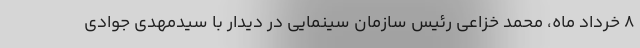
۸ خرداد ماه، محمد خزاعی رئیس سازمان سینمایی در دیدار با سیدمهدی جوادی